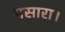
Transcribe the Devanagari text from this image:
पसारा।